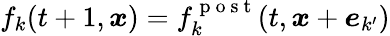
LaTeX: f_{k}(t+1,\boldsymbol{\mathit{x}})=f_{k}^{\mathrm{{~p~o~s~t~}}}(t,\boldsymbol{\mathit{x}}+\boldsymbol{e}_{k^{\prime}})